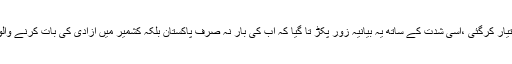
بدلے کی بھائونا جتنی شدت اختیار کرگئی ،اسی شدت کے ساتھ یہ بیانیہ زور پکڑ تا گیا کہ اب کی بار نہ صرف پاکستان بلکہ کشمیر میں آزادی کی بات کرنے والوں کا شکنجہ کسنا ہی پڑے گا۔